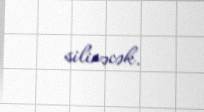
silinəcək.